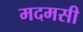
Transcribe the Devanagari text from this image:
मदमसी